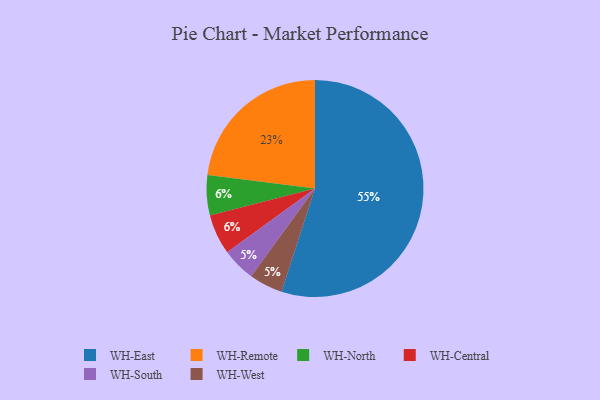
{"axis": {"x": "Category", "y": "Percentage"}, "legend": ["WH-Central", "WH-East", "WH-North", "WH-Remote", "WH-South", "WH-West"], "data": [{"x": "WH-North", "y": 6, "type": "WH-North"}, {"x": "WH-East", "y": 55, "type": "WH-East"}, {"x": "WH-South", "y": 5, "type": "WH-South"}, {"x": "WH-Central", "y": 6, "type": "WH-Central"}, {"x": "WH-Remote", "y": 23, "type": "WH-Remote"}, {"x": "WH-West", "y": 5, "type": "WH-West"}]}